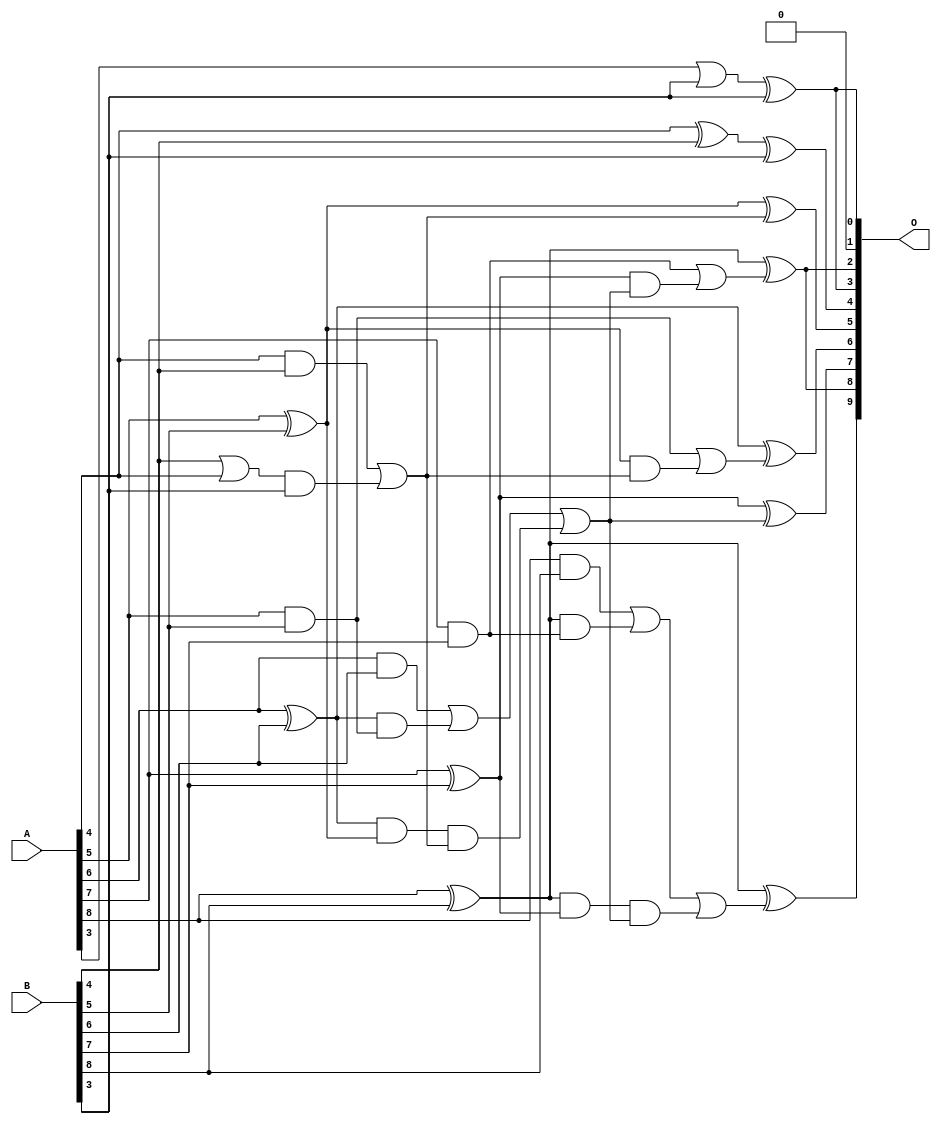
/***
* This code is a part of EvoApproxLib library (ehw.fit.vutbr.cz/approxlib) distributed under The MIT License.
* When used, please cite the following article(s): V. Mrazek, L. Sekanina, Z. Vasicek "Libraries of Approximate Circuits: Automated Design and Application in CNN Accelerators" IEEE Journal on Emerging and Selected Topics in Circuits and Systems, Vol 10, No 4, 2020 
* This file contains a circuit from a sub-set of pareto optimal circuits with respect to the pwr and mse parameters
***/
// MAE% = 0.94 %
// MAE = 4.8 
// WCE% = 2.73 %
// WCE = 14 
// WCRE% = 500.00 %
// EP% = 94.14 %
// MRE% = 9.31 %
// MSE = 33 
// PDK45_PWR = 0.024 mW
// PDK45_AREA = 52.6 um2
// PDK45_DELAY = 0.43 ns

module add9se_07F (
    A,
    B,
    O
);

input [8:0] A;
input [8:0] B;
output [9:0] O;

wire sig_19,sig_25,sig_26,sig_27,sig_28,sig_29,sig_30,sig_31,sig_32,sig_33,sig_34,sig_35,sig_40,sig_42,sig_43,sig_44,sig_45,sig_46,sig_47,sig_48;
wire sig_51,sig_53,sig_57,sig_58,sig_59,sig_64,sig_65,sig_66,sig_67,sig_70,sig_71,sig_72,sig_73,sig_74,sig_75,sig_76;

assign sig_19 = B[4] | A[4];
assign sig_25 = A[3] | B[3];
assign sig_26 = A[4] & B[4];
assign sig_27 = A[4] ^ B[4];
assign sig_28 = A[5] & B[5];
assign sig_29 = A[5] ^ B[5];
assign sig_30 = A[6] & B[6];
assign sig_31 = A[6] ^ B[6];
assign sig_32 = A[7] & B[7];
assign sig_33 = A[7] ^ B[7];
assign sig_34 = A[8] & B[8];
assign sig_35 = A[8] ^ B[8];
assign sig_40 = sig_19 & B[3];
assign sig_42 = sig_26 | sig_40;
assign sig_43 = sig_31 & sig_28;
assign sig_44 = sig_31 & sig_29;
assign sig_45 = sig_30 | sig_43;
assign sig_46 = sig_35 & sig_32;
assign sig_47 = sig_35 & sig_33;
assign sig_48 = sig_34 | sig_46;
assign sig_51 = sig_44 & sig_42;
assign sig_53 = sig_45 | sig_51;
assign sig_57 = sig_40 | sig_26;
assign sig_58 = sig_47 & sig_53;
assign sig_59 = sig_48 | sig_58;
assign sig_64 = sig_29 & sig_57;
assign sig_65 = sig_28 | sig_64;
assign sig_66 = sig_33 & sig_53;
assign sig_67 = sig_32 | sig_66;
assign sig_70 = sig_25 ^ B[3];
assign sig_71 = sig_27 ^ B[3];
assign sig_72 = sig_29 ^ sig_57;
assign sig_73 = sig_31 ^ sig_65;
assign sig_74 = sig_33 ^ sig_53;
assign sig_75 = sig_35 ^ sig_67;
assign sig_76 = sig_35 ^ sig_59;

assign O[9] = sig_76;
assign O[8] = sig_75;
assign O[7] = sig_74;
assign O[6] = sig_73;
assign O[5] = sig_72;
assign O[4] = sig_71;
assign O[3] = sig_70;
assign O[2] = sig_75;
assign O[1] = 1'b0;
assign O[0] = sig_70;

endmodule